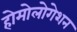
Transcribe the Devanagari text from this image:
होमोलोगेशन